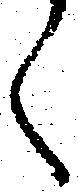
く